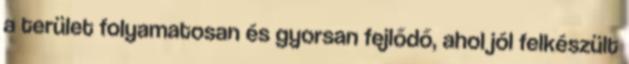
a terület folyamatosan és gyorsan fejlődő, ahol jól felkészült